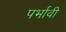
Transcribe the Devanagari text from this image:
पर्भावी